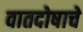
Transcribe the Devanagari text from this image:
वातदोषाचे